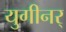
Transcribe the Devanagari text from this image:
युगीनर्